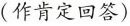
(作肯定回答)